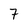
Character: 7